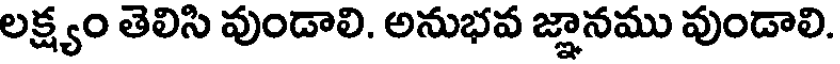
లక్ష్యం తెలిసి వుండాలి. అనుభవ జ్ఞానము వుండాలి.